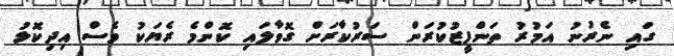
ގައި ނެރުނު އަމުރު ތަންފީޒުކުރަން ސަރުކާރަށް ގޮވާލައި ކޮންމެ ރެޔަކު ވެސް އިދިކޮޅު